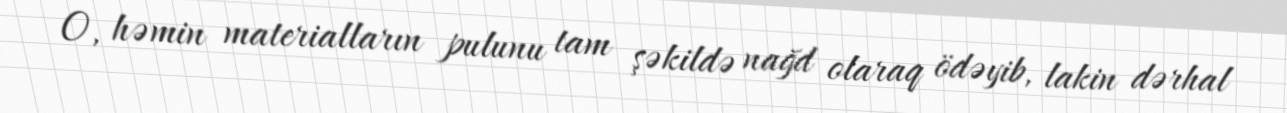
O, həmin materialların pulunu tam şəkildə nağd olaraq ödəyib, lakin dərhal